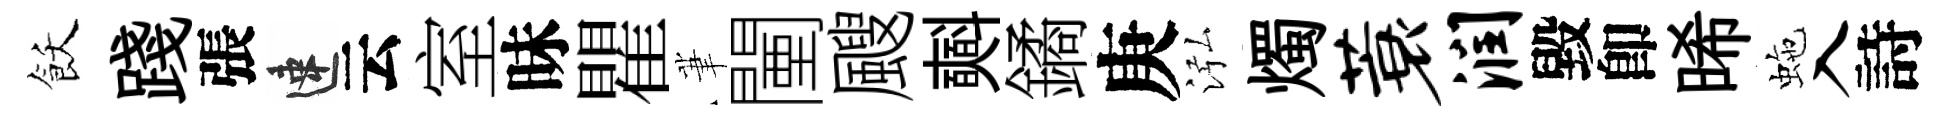
飫踐張速云室昧瞿茟闉颼𣂏鐍庚泓燭蓑润毀卽晞虵入詩